Annual report on the health of the army in India
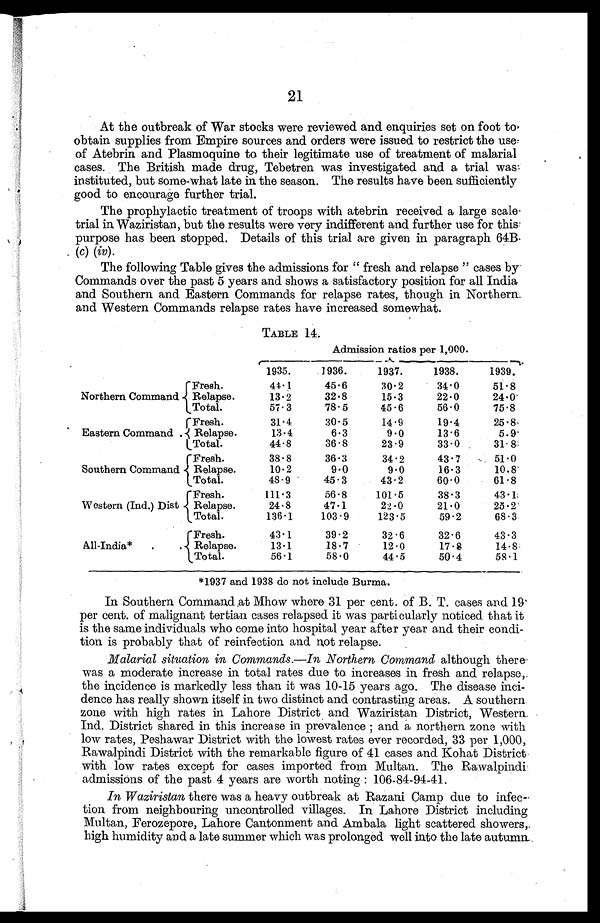
21
At the outbreak of War stocks were reviewed and enquiries set on foot to
obtain supplies from Empire sources and orders were issued to restrict the use
of Atebrin and Plasmoquine to their legitimate use of treatment of malarial
cases. The British made drug, Tebetren was investigated and a trial was
instituted, but some-what late in the season. The results have been sufficiently
good to encourage further trial.
The prophylactic treatment of troops with atebrin received a large scale
trial in Waziristan, but the results were very indifferent and further use for this.
purpose has been stopped. Details of this trial are given in paragraph 64B.
(c) (iv).
The following Table gives the admissions for " fresh and relapse " cases by
Commands over the past 5 years and shows a satisfactory position for all India
and Southern and Eastern Commands for relapse rates, though in Northern
and Western Commands relapse rates have increased somewhat.
TABLE 14.
Admission ratios per 1,000.
1935.
1936.
1937.
1938.
1939.
Northern Command
Fresh.
44.1
45.6
30.2
34.0
51.8
Relapse.
13. 2
32.8
15.3
22.0
24.0
Total.
57.3
78.5
45.6
56.0
75.8
Eastern Command .
Fresh.
31.4
30.5
14.9
19.4
25.8
Relapse.
13.4
6.3
9.0
13.6
5.9
Total.
44.8
36.8
23.9
33.0
31.8
Southern Command
Fresh.
38.8
36. 3
34. 2
43.7
51.0
Relapse.
10.2
9.0
9.0
16.3
10.8
Total.
48.9
45.3
43.2
60.0
61.8
Western (Ind.) Dist
Fresh.
111.3
56.8
101.5
38.3
43.1
Relapse.
24.8
47.1
22. 0
21.0
25.2
Total.
136.1
103.9
123.5
59.2
68.3
All-India*
.
.
Fresh.
43.1
39.2
32.6
32.6
43.3
Relapse.
13.1
18.7
12. 0
17.8
14.8
Total.
56.1
58.0
44.5
50.4
58.1
*1937 and 1938 do not include Burma.
In Southern Command at Mhow where 31 per cent. of B. T. cases and 19
per cent. of malignant tertian cases relapsed it was particularly noticed that it
is the same individuals who come into hospital year after year and their condi
tion is probably that of reinfection and not relapse.
Malarial situation in Commands.-In Northern Command although there
was a moderate increase in total rates due to increases in fresh and relapse,.
the incidence is markedly less than it was 10-15 years ago. The disease inci
dence has really shown itself in two distinct and contrasting areas. A southern
zone with high rates in Lahore District and Waziristan District, Western.
Ind. District shared in this increa se in prevalence ; and a northern zone with
low rates, Peshawar District with the lowest rates ever recorded, 33 per 1,000,
Rawalpindi District with the remarkable figure of 41 cases and Kohat District
with low rates except for cases imported from Multan. The Rawalpindi
admissions of the past 4 years are worth noting : 106-84-94-41.
In Waziristan there was a heavy outbreak at Razani Camp due to infec
tion from neighbouring uncontrolled villages. In Lahore District including
Multan, Ferozepore, Lahore Cantonment and Ambala light scattered showers,.
high humidity and a late summer which was prolonged well into the late autumn.